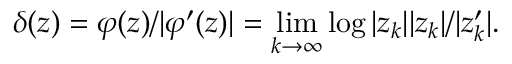
\delta ( z ) = \varphi ( z ) / | \varphi ^ { \prime } ( z ) | = \operatorname* { l i m } _ { k \to \infty } \log | z _ { k } | | z _ { k } | / | z _ { k } ^ { \prime } | .